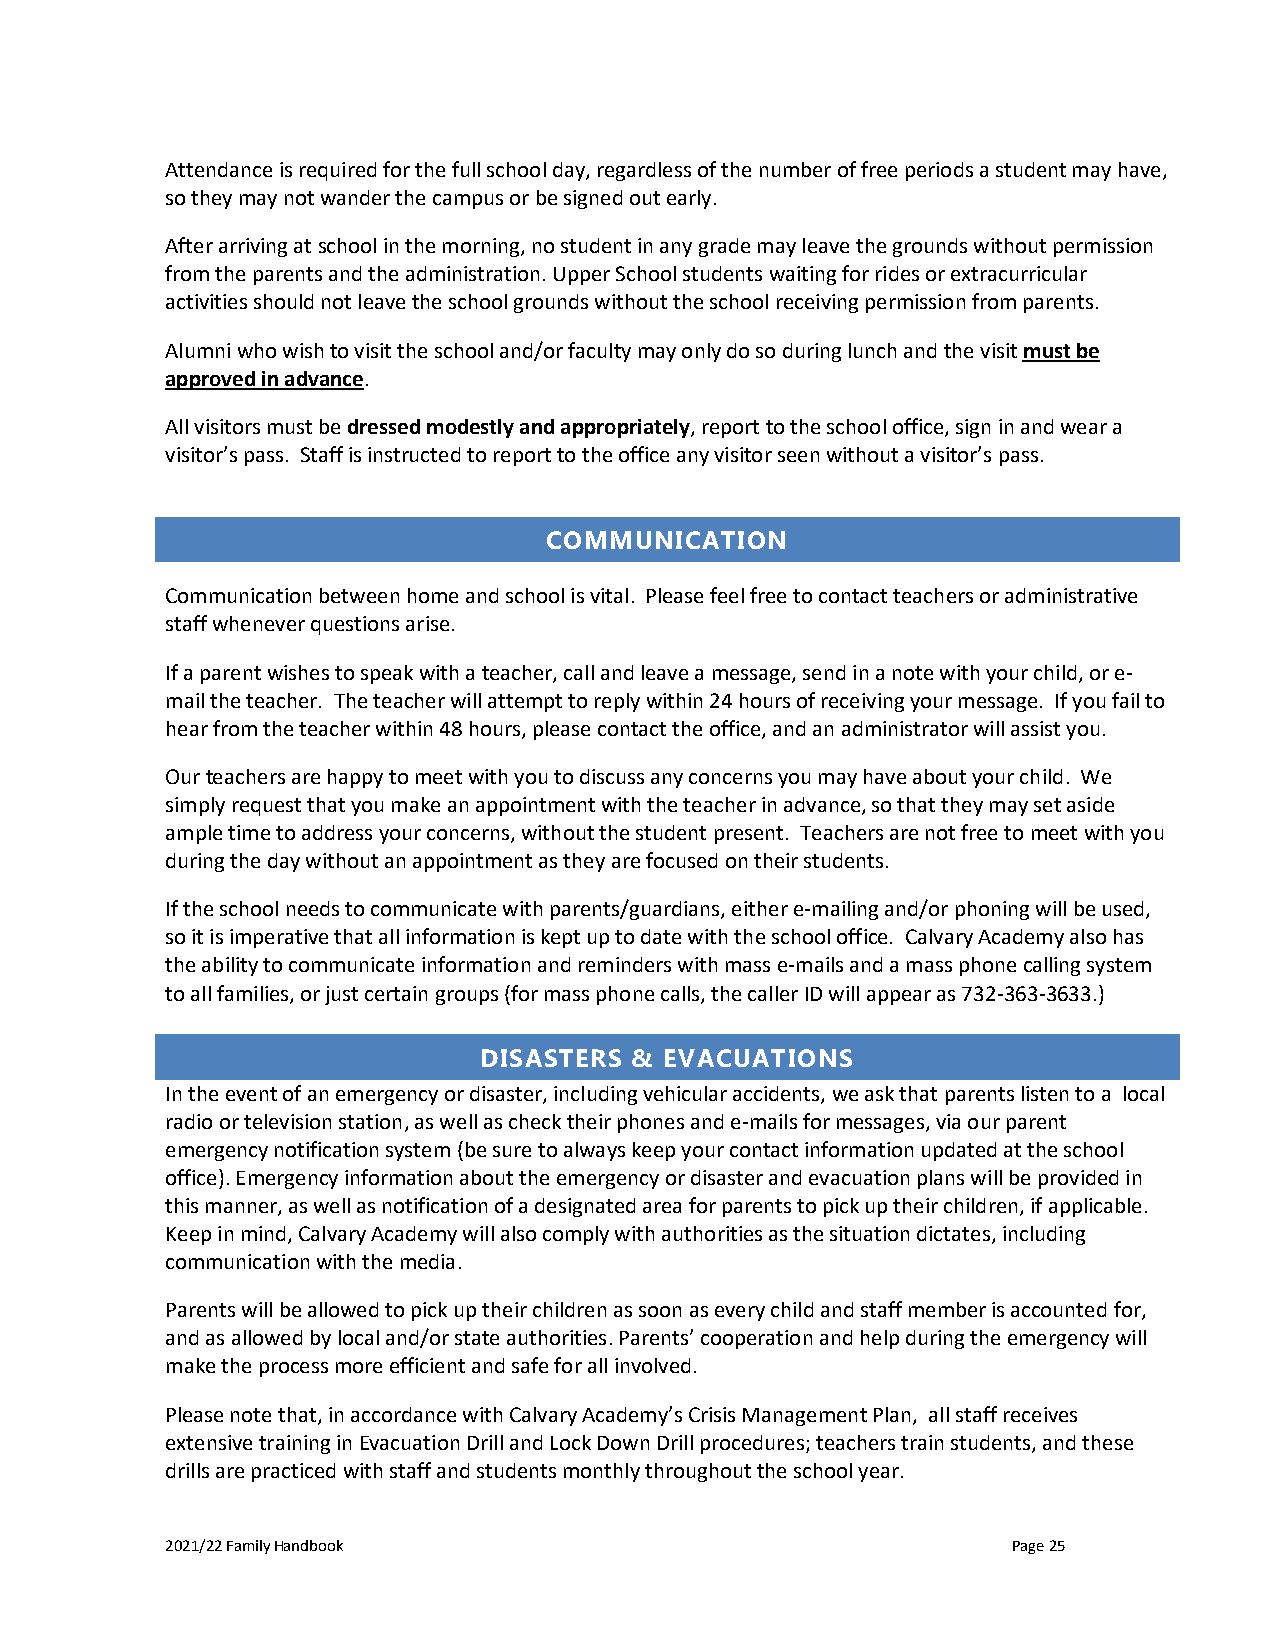
Attendance is required for the full school day, regardless of the number of free periods a student may have,
 so they may not wander the campus or be signed out early.
 After arriving at school in the morning, no student in any grade may leave the grounds without permission
 from the parents and the administration. Upper School students waiting for rides or extracurricular
 activities should not leave the school grounds without the school receiving permission from parents.
 Alumni who wish to visit the school and/or faculty may only do so during lunch and the visit must be
 approved in advance.
 All visitors must be dressed modestly and appropriately, report to the school office, sign in and wear a
 visitor’s pass. Staff is instructed to report to the office any visitor seen without a visitor’s pass.
 COMMUNICATION
 Communication between home and school is vital. Please feel free to contact teachers or administrative
 staff whenever questions arise.
 If a parent wishes to speak with a teacher, call and leave a message, send in a note with your child, or e-
 mail the teacher. The teacher will attempt to reply within 24 hours of receiving your message. If you fail to
 hear from the teacher within 48 hours, please contact the office, and an administrator will assist you.
 Our teachers are happy to meet with you to discuss any concerns you may have about your child. We
 simply request that you make an appointment with the teacher in advance, so that they may set aside
 ample time to address your concerns, without the student present. Teachers are not free to meet with you
 during the day without an appointment as they are focused on their students.
 If the school needs to communicate with parents/guardians, either e-mailing and/or phoning will be used,
 so it is imperative that all information is kept up to date with the school office. Calvary Academy also has
 the ability to communicate information and reminders with mass e-mails and a mass phone calling system
 to all families, or just certain groups (for mass phone calls, the caller ID will appear as 732-363-3633.)
 DISASTERS & EVACUATIONS
 In the event of an emergency or disaster, including vehicular accidents, we ask that parents listen to a local
 radio or television station, as well as check their phones and e-mails for messages, via our parent
 emergency notification system (be sure to always keep your contact information updated at the school
 office). Emergency information about the emergency or disaster and evacuation plans will be provided in
 this manner, as well as notification of a designated area for parents to pick up their children, if applicable.
 Keep in mind, Calvary Academy will also comply with authorities as the situation dictates, including
 communication with the media.
 Parents will be allowed to pick up their children as soon as every child and staff member is accounted for,
 and as allowed by local and/or state authorities. Parents’ cooperation and help during the emergency will
 make the process more efficient and safe for all involved.
 Please note that, in accordance with Calvary Academy’s Crisis Management Plan, all staff receives
 extensive training in Evacuation Drill and Lock Down Drill procedures; teachers train students, and these
 drills are practiced with staff and students monthly throughout the school year.
 2021/22 Family Handbook                                 Page 25